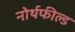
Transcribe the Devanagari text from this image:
नोर्थफील्ड